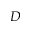
D